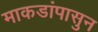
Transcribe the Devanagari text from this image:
माकडांपासुन